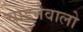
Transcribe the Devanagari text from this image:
चाहनेवालो